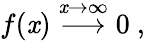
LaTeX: f(\mathit{x})\stackrel{\mathit{x}\rightarrow\infty}{\longrightarrow}0\ ,